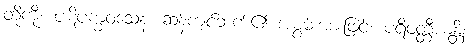
တို့ကို။ ပဋိပက္ခဝသေန၊ ဆန့်ကျင်ဘက်၏ အစွမ်းအားဖြင့်။ ပရိဝတ္တီယန္တိ၊